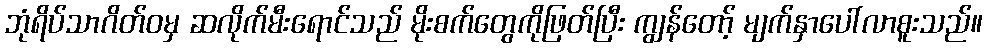
ဘုံရိပ်သာဂိတ်ဝမှ ဆလိုက်မီးရောင်သည် မိုးစက်တွေကိုဖြတ်ပြီး ကျွန်တော့် မျက်နှာပေါ်လာစူးသည်။